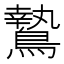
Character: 鷙